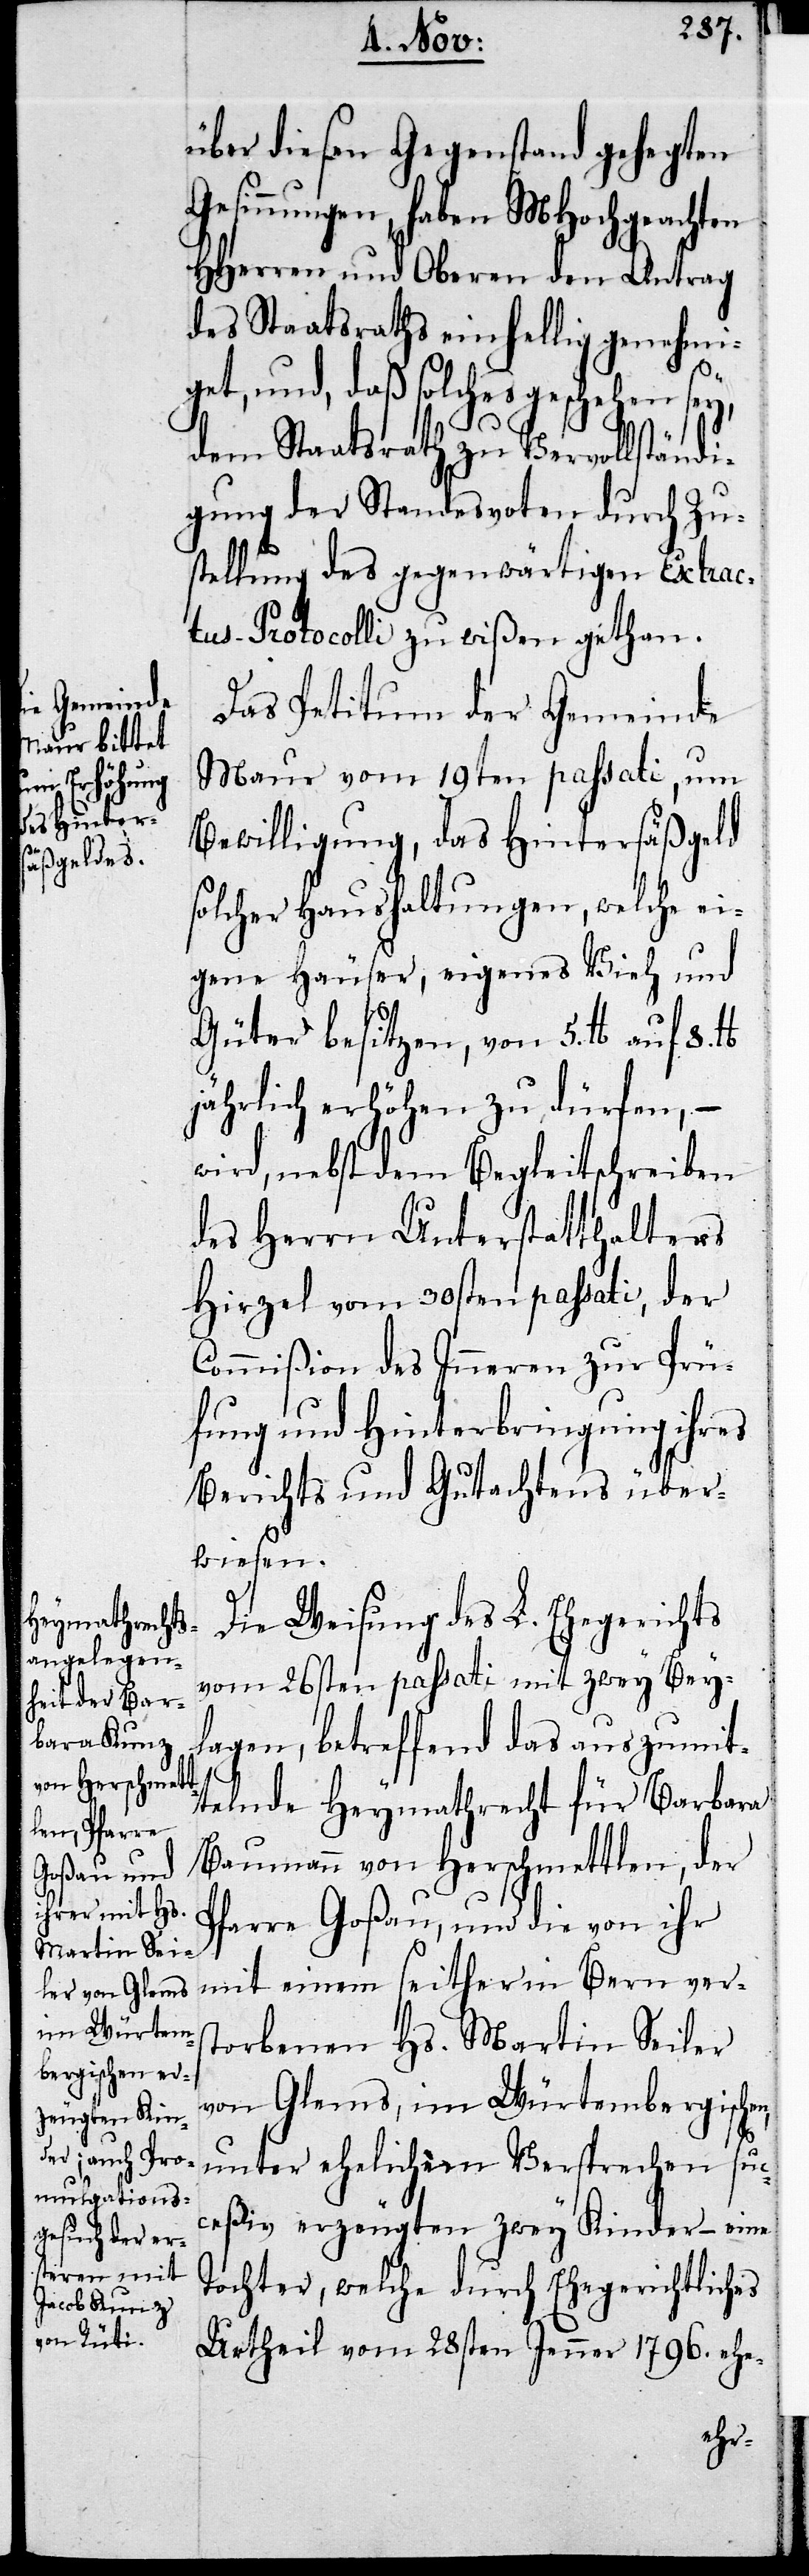
über diesen Gegenstand gehegten
Gesinnungen, haben MHochgeachten
HHerren und Oberen den Antrag
des Staatsraths einhellig genehmi¬
get, und, daß solches geschehen sey,
dem Staatsrath zu Vervollständi¬
gung der Standesvoten durch Zu¬
stellung des gegenwärtigen Extrac¬
tus-Protocolli zu wißen gethan.
Das Petitum der Gemeinde
Maur vom 19ten passati, um
Bewilligung, das Hintersäßgeld
solcher Haushaltungen, welche ei¬
genen Häuser, eigenes Vieh und
Güter besitzen, von 5. lb auf 8. lb
jährlich erhöhen zu dürfen, –
wird nebst dem Begleitschreiben
des Herrn Unterstatthalters
Hirzel vom 30sten passati, der
Commißion des Inneren zur Prü¬
fung und Hinterbringung ihres
Berichts und Gutachtens über¬
wiesen.
Die Weisung des L. Ehegerichts
vom 26sten passati mit zwey Bey¬
lagen, betreffend das auszumit¬
telnde Heymathrecht für Barbara
Baumann von Herrschmettlen, der
Pfarre Goßau, und die von ihr
mit einem seither in Bern vers¬
torbenen Hs. Martin Seiler
von Glems, im Würtembergischen,
unter ehelichem Versprechen suc¬
ceßiv erzeugten zwey Kinder – eine
Tochter, welche durch Ehegerichtliches
Urtheil vom 28sten Jenner 1786. ehe-